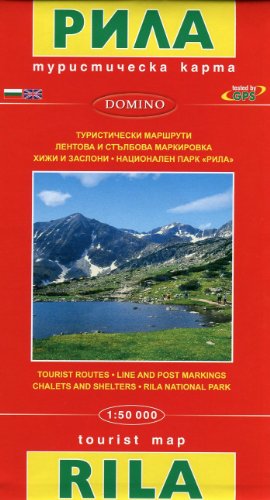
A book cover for Rila Mountains (Bulgaria) 1:50,000 Hiking Map, GPS-compatible DOMINO; Domino Bulgaria; Travel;